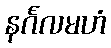
နင်္ဂလမဟံ